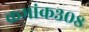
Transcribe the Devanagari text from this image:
क्रमांक३०८